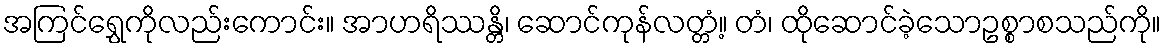
အကြင်ရွှေကိုလည်းကောင်း။ အာဟရိဿန္တိ၊ ဆောင်ကုန်လတ္တံ့။ တံ၊ ထိုဆောင်ခဲ့သောဥစ္စာစသည်ကို။